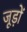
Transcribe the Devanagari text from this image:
जूड़ों